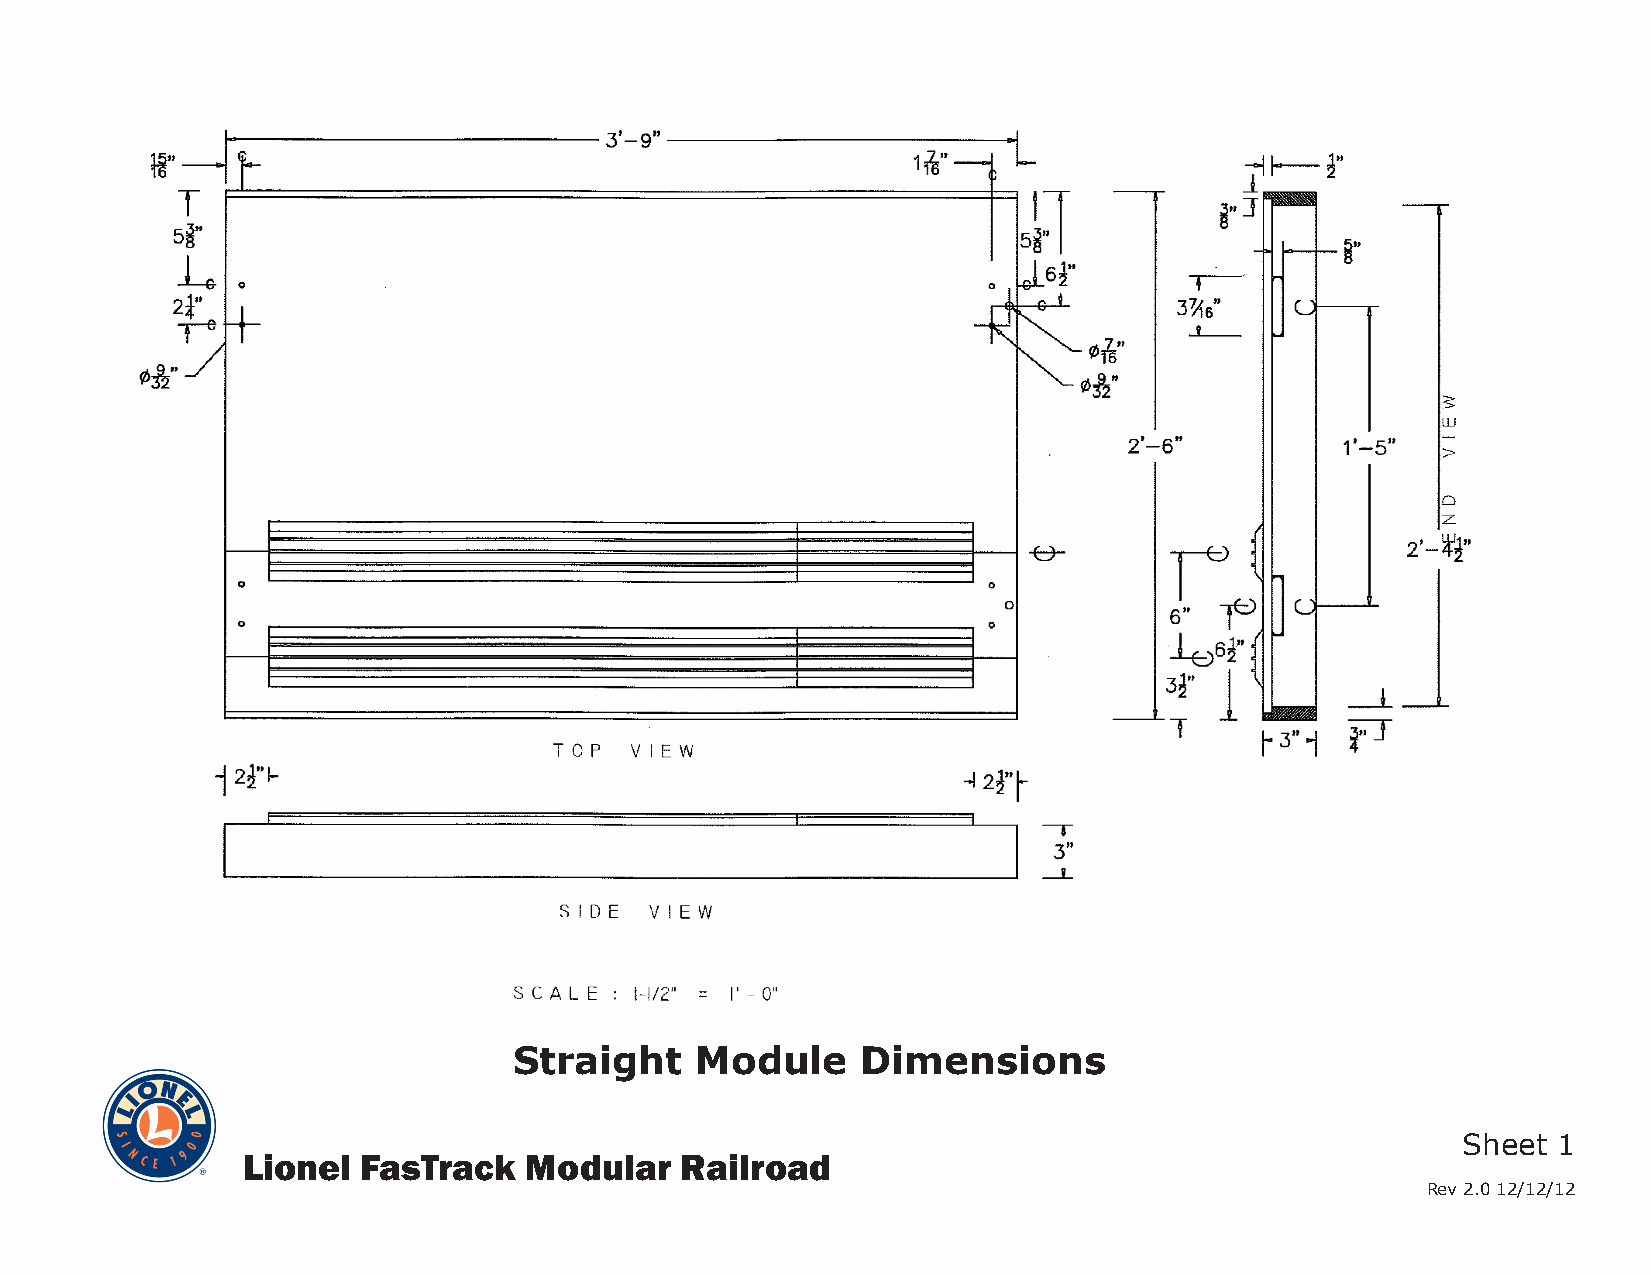
Straight    Module     Dimensions
 Sheet 1
 Lionel  FasTrack   Modular   Railroad
 Rev 2.0 12/12/12